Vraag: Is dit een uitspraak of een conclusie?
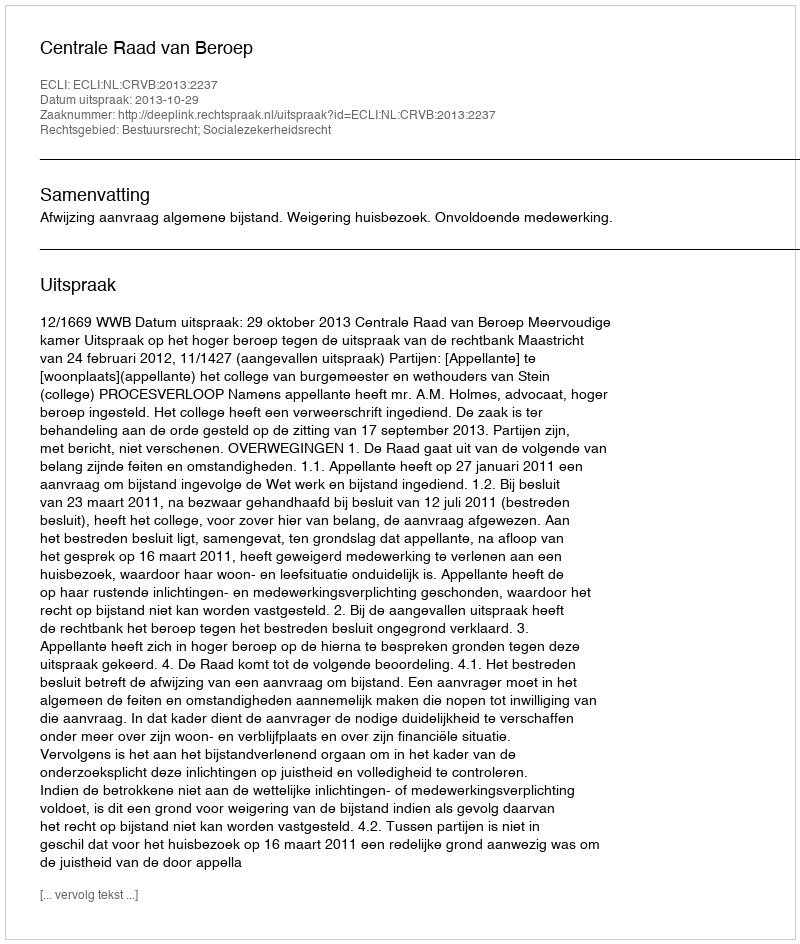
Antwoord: Uitspraak